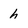
Character: h